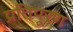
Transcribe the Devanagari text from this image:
प्रतिपूरण